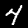
Digit: 4